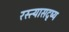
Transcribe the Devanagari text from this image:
रस्त्यासदृष्य